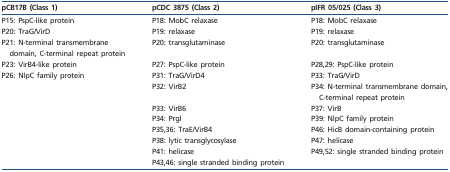
<table><thead><tr><td><b>pCB17B (Class 1)</b></td><td><b>pCDC 3875 (Class 2)</b></td><td><b>pIFR 05/025 (Class 3)</b></td></tr></thead><tbody><tr><td>P15: PspC-like protein</td><td>P18: MobC relaxase</td><td>P18: MobC relaxase</td></tr><tr><td>P20: TraG/VirD</td><td>P19: relaxase</td><td>P19: relaxase</td></tr><tr><td>P21: N-terminal transmembrane domain, C-terminal repeat protein</td><td>P20: transglutaminase</td><td>P20: transglutaminase</td></tr><tr><td>P23: VirB4-like protein</td><td>P27: PspC-like protein</td><td>P28,29: PspC-like protein</td></tr><tr><td>P26: NlpC family protein</td><td>P31: TraG/VirD4</td><td>P33: TraG/VirD</td></tr><tr><td></td><td>P32: VirB2</td><td>P34: N-terminal transmembrane domain, C-terminal repeat protein</td></tr><tr><td></td><td>P33: VirB6</td><td>P37: VirB</td></tr><tr><td></td><td>P34: PrgI</td><td>P39: NlpC family protein</td></tr><tr><td></td><td>P35,36: TraE/VirB4</td><td>P46: HicB domain-containing protein</td></tr><tr><td></td><td>P38: lytic transglycosylase</td><td>P47: helicase</td></tr><tr><td></td><td>P41: helicase</td><td>P49,52: single stranded binding protein</td></tr><tr><td></td><td>P43,46: single stranded binding protein</td><td></td></tr></tbody></table>